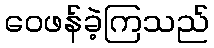
ဝေဖန်ခဲ့ကြသည်